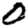
Digit: 0